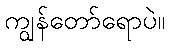
ကျွန်တော်ရောပဲ။